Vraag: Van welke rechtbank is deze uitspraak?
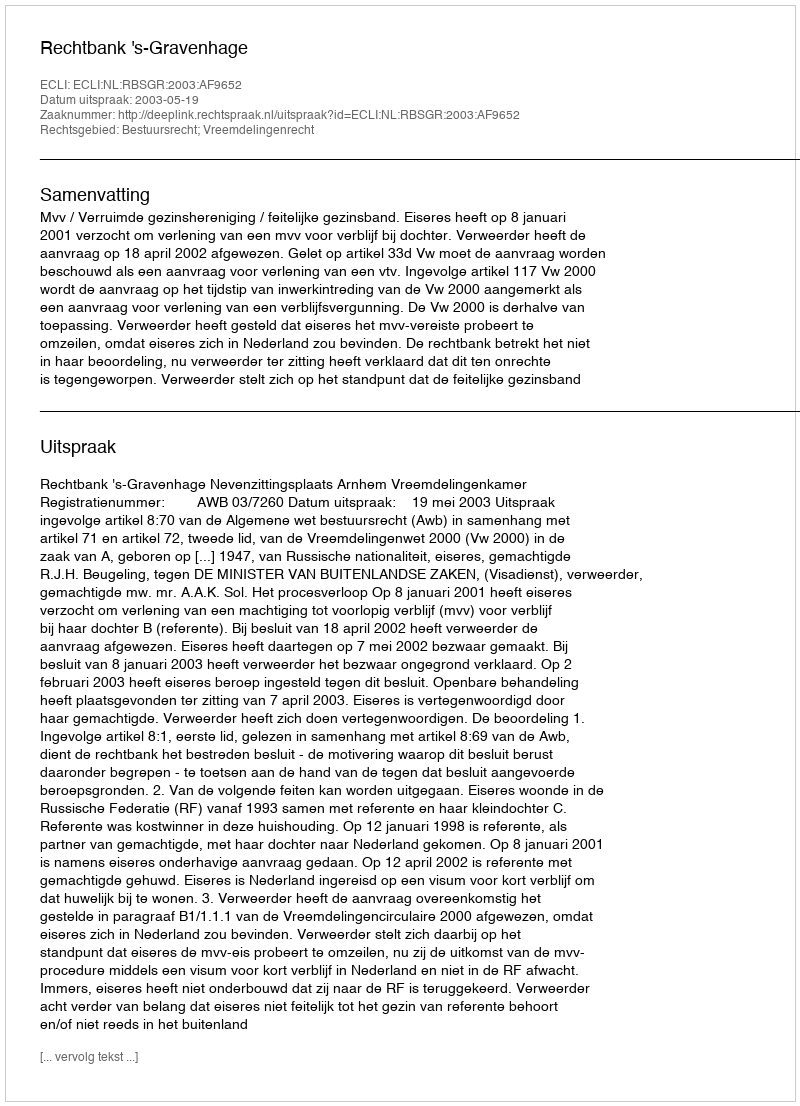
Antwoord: Rechtbank 's-Gravenhage